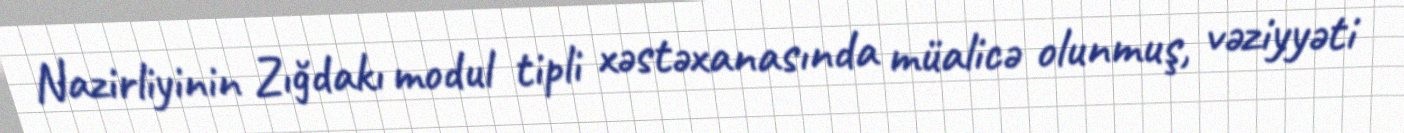
Nazirliyinin Zığdakı modul tipli xəstəxanasında müalicə olunmuş, vəziyyəti